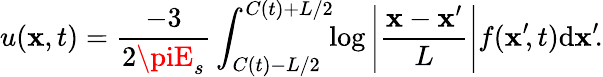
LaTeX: u(\mathbf{x},t)=\frac{{-3}}{{2\piE_{s}}}\int_{C(t)-L/2}^{C(t)+L/2}\! \! \log\left|\frac{{\mathbf{x}-\mathbf{x}^{\prime}}}{{L}}\right|f(\mathbf{x}^{\prime}\! ,t)\mathrm{{d}}\mathbf{x}^{\prime}\! .